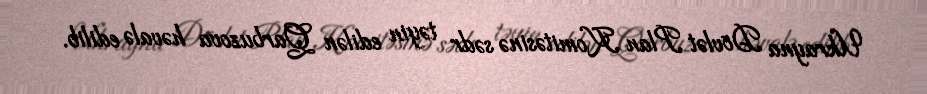
Ukrayna Dövlət Plan Komitəsinə sədr təyin edilən Qarbuzova həvalə edilib.